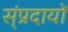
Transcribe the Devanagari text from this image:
स्ंप्रदायों